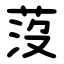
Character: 莈